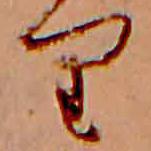
り